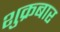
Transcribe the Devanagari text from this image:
शुक्रबार